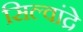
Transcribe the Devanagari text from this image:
सिल्वांद्रे